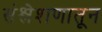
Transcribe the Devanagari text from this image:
संश्लेशणातून